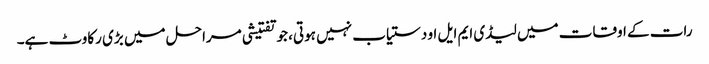
رات کے اوقات میں لیڈی ایم ایل او دستیاب نہیں ہوتی، جو تفتیشی مراحل میں بڑی رکاوٹ ہے۔